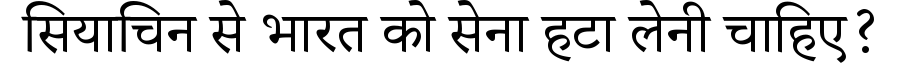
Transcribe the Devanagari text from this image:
सियाचिन से भारत को सेना हटा लेनी चाहिए?